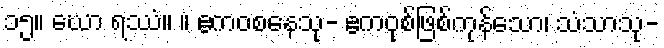
၁၅။ ဃော ရဿံ။ ။ ဧကဝစနေသု- ဧကဝုစ်ဖြစ်ကုန်သော၊ သံသာသု-